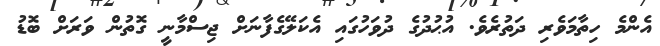
އެންމެ ހިތާމަވެރި ދަތުރެވެ. އުޙުދުގެ ދުވަހުގައި އެކަލޭގެފާނަށް ޖިސްމާނީ ގޮތުން ވަރަށް ބޮޑު